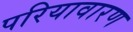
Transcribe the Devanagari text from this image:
परियावारण